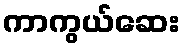
ကာကွယ်ဆေး